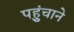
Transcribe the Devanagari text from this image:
पहुुंचाने